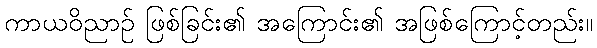
ကာယဝိညာဉ် ဖြစ်ခြင်း၏ အကြောင်း၏ အဖြစ်ကြောင့်တည်း။